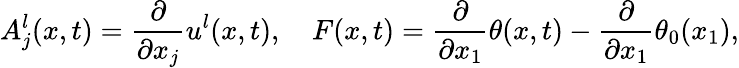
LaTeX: A_{j}^{l}(x,t)=\frac{\partial}{\partial x_{j}}u^{l}(x,t),\quad F(x,t)=\frac{\partial}{\partial x_{1}}\theta(x,t)-\frac{\partial}{\partial x_{1}}\theta_{0}(x_{1}),